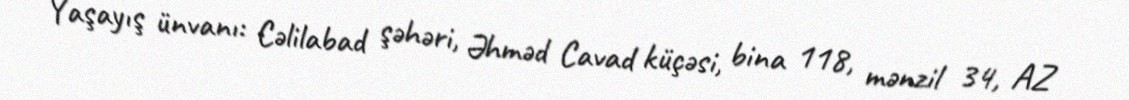
Yaşayış ünvanı: Cəlilabad şəhəri, Əhməd Cavad küçəsi, bina 118, mənzil 34, AZ